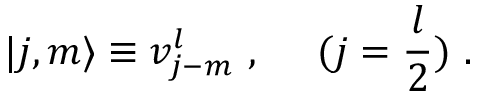
\vert j , m \rangle \equiv v _ { j - m } ^ { l } ~ , ~ ~ ~ ~ ( j = \frac { l } { 2 } ) ~ .